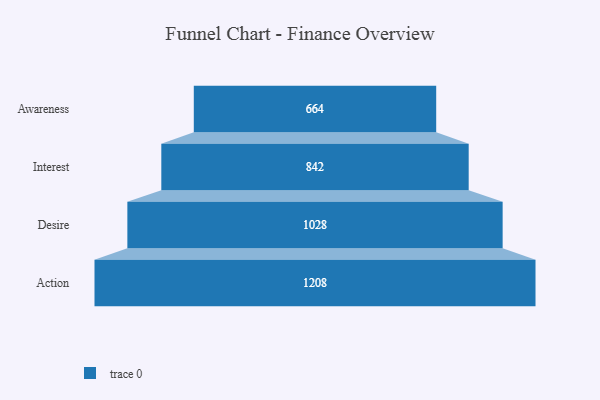
{"axis": {"x": "Stage", "y": "Value"}, "legend": [""], "data": [{"x": "Awareness", "y": 664.0, "type": ""}, {"x": "Interest", "y": 842.0, "type": ""}, {"x": "Desire", "y": 1028.0, "type": ""}, {"x": "Action", "y": 1208.0, "type": ""}]}